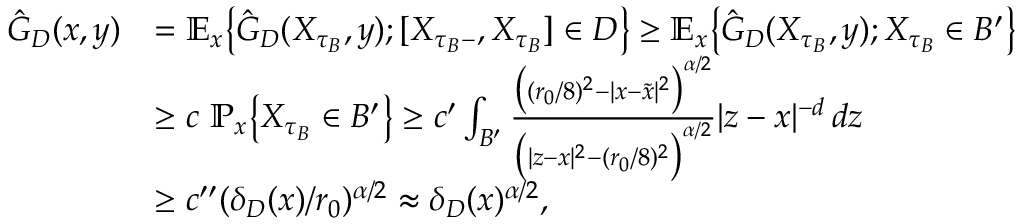
\begin{array} { r l } { \hat { G } _ { D } ( x , y ) } & { = \ensuremath { \mathbb { E } } _ { x } \big \{ \hat { G } _ { D } ( X _ { \tau _ { B } } , y ) ; [ X _ { \tau _ { B } - } , X _ { \tau _ { B } } ] \in D \big \} \geq \ensuremath { \mathbb { E } } _ { x } \big \{ \hat { G } _ { D } ( X _ { \tau _ { B } } , y ) ; X _ { \tau _ { B } } \in B ^ { \prime } \big \} } \\ & { \geq c \mathrm { ~ } \ensuremath { \mathbb { P } } _ { x } \big \{ X _ { \tau _ { B } } \in B ^ { \prime } \big \} \geq c ^ { \prime } \int _ { B ^ { \prime } } \frac { \big ( ( r _ { 0 } / 8 ) ^ { 2 } - | x - \tilde { x } | ^ { 2 } \big ) ^ { \alpha / 2 } } { \big ( | z - x | ^ { 2 } - ( r _ { 0 } / 8 ) ^ { 2 } \big ) ^ { \alpha / 2 } } | z - x | ^ { - d } \, d z } \\ & { \geq c ^ { \prime \prime } ( \delta _ { D } ( x ) / r _ { 0 } ) ^ { \alpha / 2 } \approx \delta _ { D } ( x ) ^ { \alpha / 2 } , } \end{array}